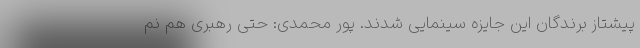
پیشتاز برندگان این جایزه سینمایی شدند. پور محمدی: حتی رهبری هم نم